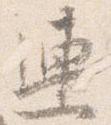
連